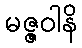
မဇ္ဇဝါနိ